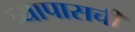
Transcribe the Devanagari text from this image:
च्यापासची